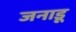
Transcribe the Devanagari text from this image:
जनाडू